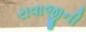
રાવાજીની